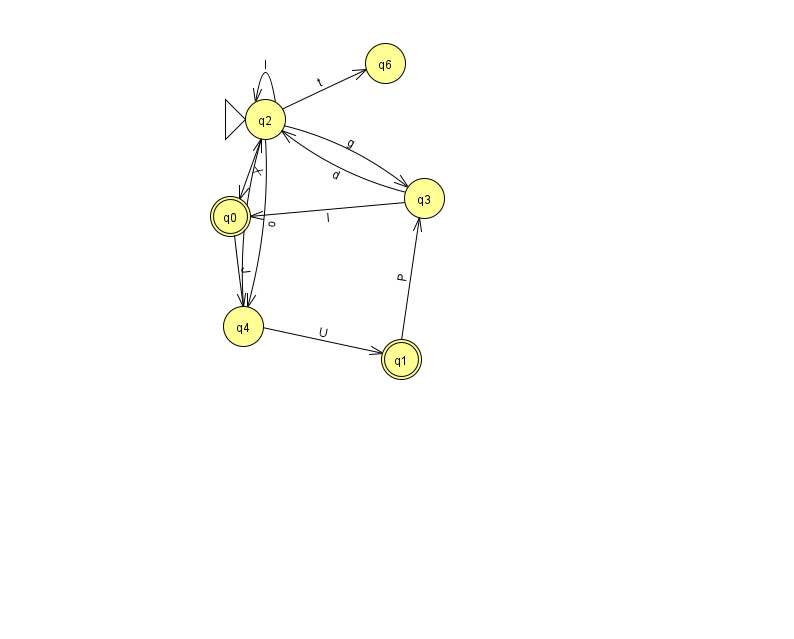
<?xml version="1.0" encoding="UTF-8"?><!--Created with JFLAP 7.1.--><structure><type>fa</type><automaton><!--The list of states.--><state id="0" name="q0"><x>230.0</x><y>203.0</y><final/></state><state id="1" name="q1"><x>401.0</x><y>346.0</y><final/></state><state id="2" name="q2"><x>265.0</x><y>106.0</y><initial/></state><state id="3" name="q3"><x>424.0</x><y>185.0</y></state><state id="4" name="q4"><x>243.0</x><y>313.0</y></state><state id="6" name="q6"><x>385.0</x><y>50.0</y></state><!--The list of transitions.--><transition><from>2</from><to>3</to><read>g</read></transition><transition><from>3</from><to>2</to><read>d</read></transition><transition><from>4</from><to>2</to><read>C</read></transition><transition><from>1</from><to>3</to><read>P</read></transition><transition><from>4</from><to>1</to><read>U</read></transition><transition><from>3</from><to>0</to><read>I</read></transition><transition><from>2</from><to>2</to><read>l</read></transition><transition><from>0</from><to>4</to><read>J</read></transition><transition><from>2</from><to>6</to><read>t</read></transition><transition><from>2</from><to>0</to><read>X</read></transition><transition><from>2</from><to>4</to><read>o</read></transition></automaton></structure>